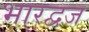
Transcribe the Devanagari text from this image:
भारद्वज